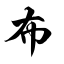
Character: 布